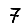
Digit: 7